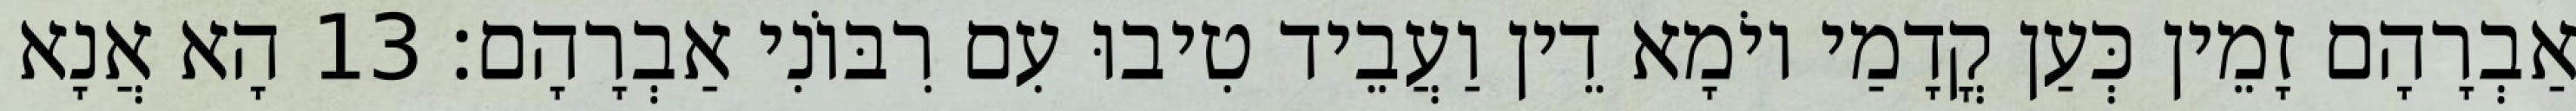
אַבְרָהָם זָמֵין כְּעַן קֳדָמַי יוֹמָא דֵין וַעֲבֵיד טִיבוּ עִם רִבּוֹנִי אַבְרָהָם׃ 13 הָא אֲנָא